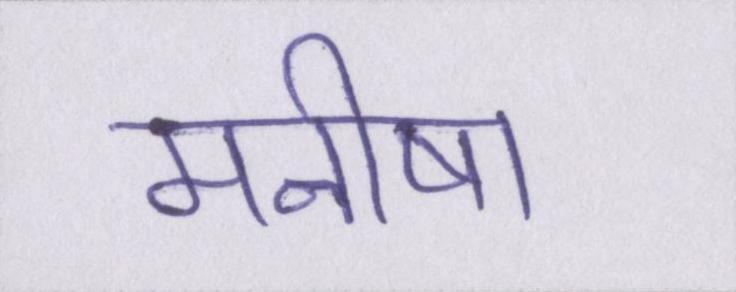
मनीषा